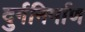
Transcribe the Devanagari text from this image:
दुर्गनिर्माण